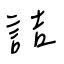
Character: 詰